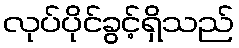
လုပ်ပိုင်ခွင့်ရှိသည်